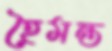
হৈমন্ত